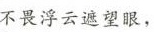
不畏浮云遮望眼，